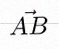
\vec{AB}